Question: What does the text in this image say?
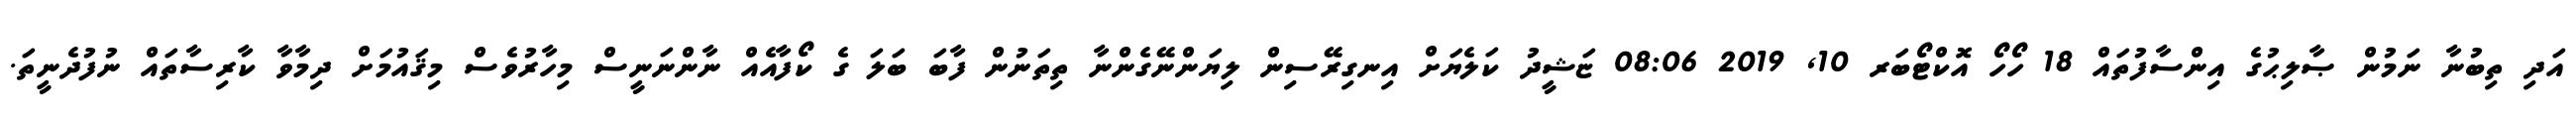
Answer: އަދި ތިބުނާ ނަމުން ޞާލިޙުގެ އިންސާފުތައް 18 ހޯހޯ އޮކްޓޯބަރ 10, 2019 08:06 ޏަޝީދު ކަލެޔަށް އިނގިރޭސިން ލިޔަންނޭގެންނާ ތިތަނުން ފާބަ ބަލަ ގެ ކޯފާއެއް ނާންނަނީސް މިހާރުވެސް މިޤައުމަށް ދިމާވާ ކާރިސާތައް ނުފުދެނީތަ.